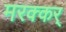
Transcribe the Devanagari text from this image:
मरक्कर्